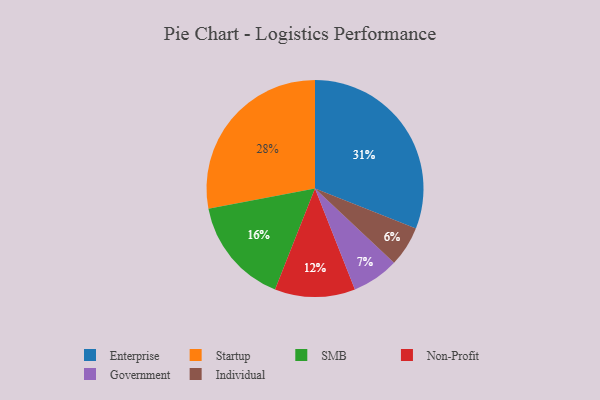
{"axis": {"x": "Category", "y": "Percentage"}, "legend": ["Enterprise", "Government", "Individual", "Non-Profit", "SMB", "Startup"], "data": [{"x": "SMB", "y": 16, "type": "SMB"}, {"x": "Government", "y": 7, "type": "Government"}, {"x": "Non-Profit", "y": 12, "type": "Non-Profit"}, {"x": "Enterprise", "y": 31, "type": "Enterprise"}, {"x": "Individual", "y": 6, "type": "Individual"}, {"x": "Startup", "y": 28, "type": "Startup"}]}